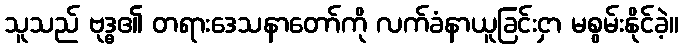
သူသည် ဗုဒ္ဓ၏ တရားဒေသနာတော်ကို လက်ခံနာယူခြင်းငှာ မစွမ်းနိုင်ခဲ့။